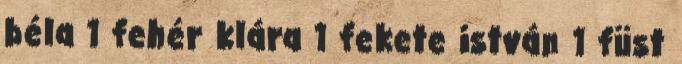
béla 1 fehér klára 1 fekete istván 1 füst